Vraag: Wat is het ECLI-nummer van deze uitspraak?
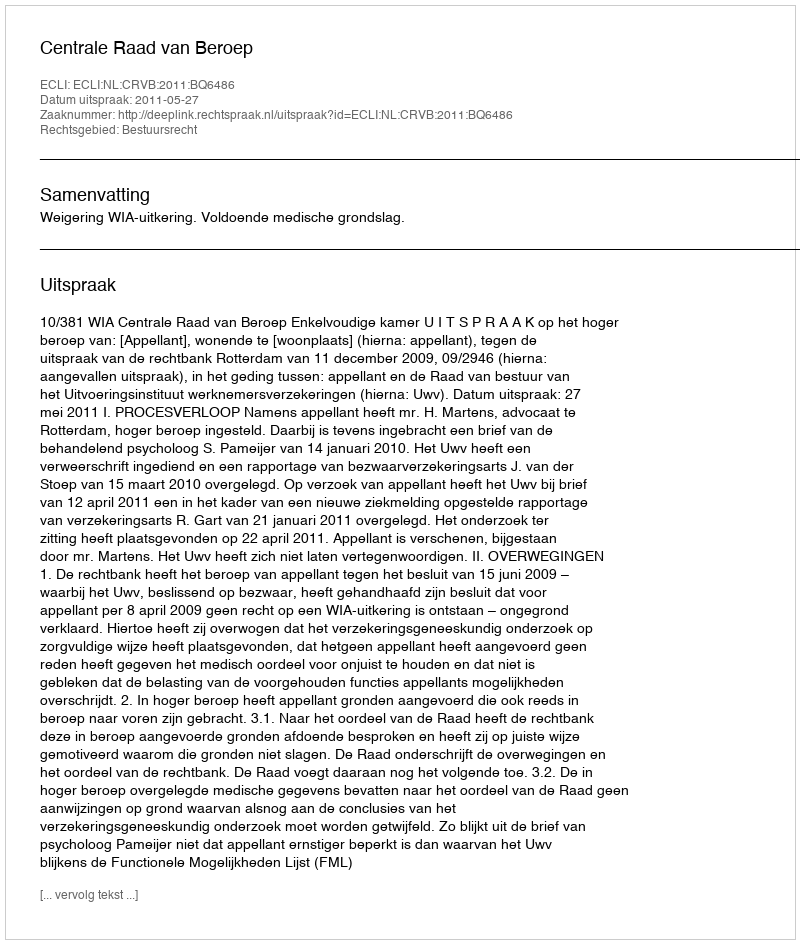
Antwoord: ECLI:NL:CRVB:2011:BQ6486